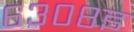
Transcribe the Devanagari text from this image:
६३०८इ